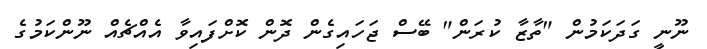
ނޫނީ ގަދަކަމުން "ތާޒާ ކުރަން" ބޭސް ޖަހައިގެން ދޮން ކޮށްފައިވާ އެއްޗެއް ނޫންކަމުގެ